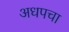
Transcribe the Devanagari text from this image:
अधपचा